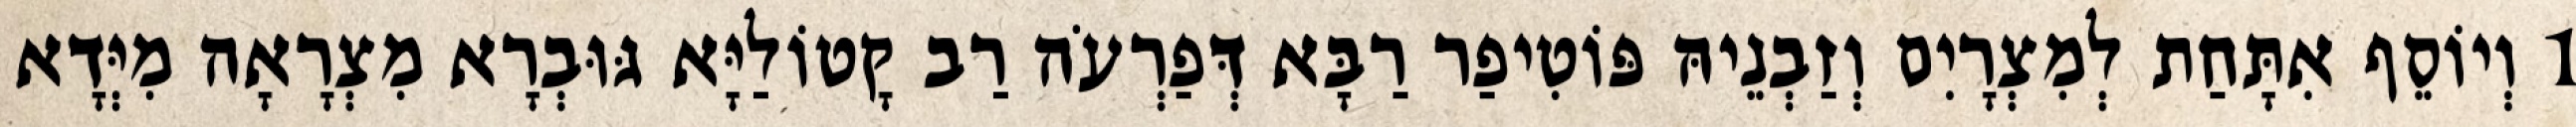
1 וְיוֹסֵף אִתָּחַת לְמִצְרָיִם וְזַבְנֵיהּ פּוֹטִיפַר רַבָּא דְּפַרְעֹה רַב קָטוֹלַיָּא גּוּבְרָא מִצְרָאָה מִיְּדָא